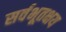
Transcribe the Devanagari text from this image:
सर्वभूतक्षय